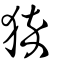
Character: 猝